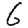
Digit: 6